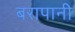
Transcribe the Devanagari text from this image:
बरापानी